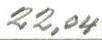
22,04